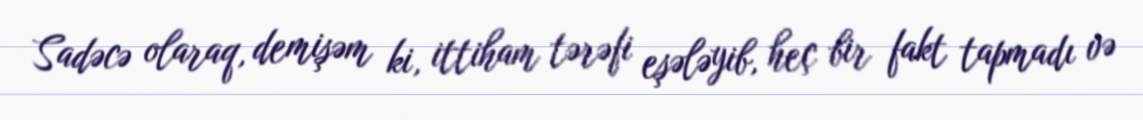
Sadəcə olaraq, demişəm ki, ittiham tərəfi eşələyib, heç bir fakt tapmadı və